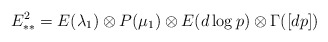
\begin{align*}E^2_{**} = E(\lambda_1) \otimes P(\mu_1)\otimes E(d\log p) \otimes \Gamma([dp])\end{align*}